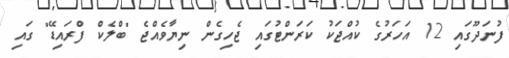
ފުނަދޫގައި 12 އަހަރުގެ ކުއްޖަކު ކަރަންޓުގައި ޖެހިގެން ނިޔާވެއްޖެ "ބްލެކް ފްރައިޑޭ" ގައި